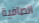
الصافية